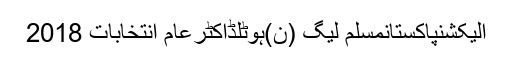
الیکشنپاکستانمسلم لیگ (ن)ہوٹلڈاکٹرعام انتخابات 2018